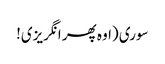
سوری (اوہ پھر انگریزی!